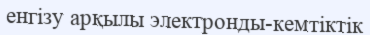
енгізу арқылы электронды-кемтіктік